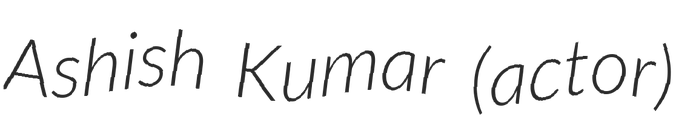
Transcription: Ashish Kumar (actor)